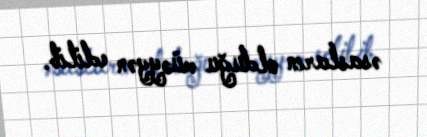
əsasların olduğu müəyyən edilib.